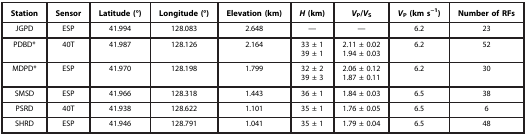
| Station | Sensor | Latitude (°) | Longitude (°) | Elevation (km) | H (km) | VP/VS | VP (km s−1) | Number of RFs |
 | --- | --- | --- | --- | --- | --- | --- | --- | --- |
 | JGPD | ESP | 41.994 | 128.083 | 2.648 | — | — | 6.2 | 23 |
 | PDBD* | 40T | 41.987 | 128.126 | 2.164 | 33±139±1 | 2.11±0.021.94±0.03 | 6.2 | 52 |
 | MDPD* | ESP | 41.970 | 128.198 | 1.799 | 32±239±3 | 2.06±0.121.87±0.11 | 6.2 | 30 |
 | SMSD | ESP | 41.966 | 128.318 | 1.443 | 36±1 | 1.84±0.03 | 6.5 | 38 |
 | PSRD | 40T | 41.938 | 128.622 | 1.101 | 35±1 | 1.76±0.05 | 6.5 | 6 |
 | SHRD | ESP | 41.946 | 128.791 | 1.041 | 35±1 | 1.79±0.04 | 6.5 | 48 |